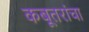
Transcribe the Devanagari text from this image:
कबूतरांचा